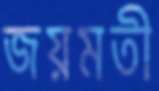
জয়মতী